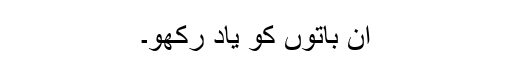
اِن باتوں کو یاد رکھو۔